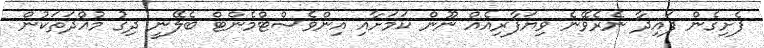
ފެށިގެން ފައިދާ ނެރެވޭނެ ވިޔަފާރިއެއް ނޫން ކަމަށާއި އިންވެސްޓްމެންޓް ބެލޭނީ ދިގު މުއްދަތަކުން